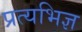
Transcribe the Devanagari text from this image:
प्रत्यभिज्ञ